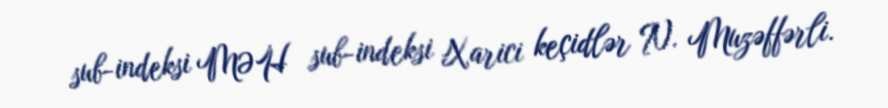
sub-indeksi MƏH sub-indeksi Xarici keçidlər N. Muzəffərli.